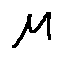
\mu